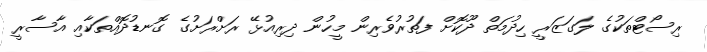
ރިސޯޓްތަކުގެ ލަގަޒަރީ ހިދުމަތް ދޫކޮށް ފަތުރުވެރިން މީހުން ދިރިއުޅޭ ރަށްރަށުގެ ގޮނޑުދޮއްތަކާއި އާސާރީ